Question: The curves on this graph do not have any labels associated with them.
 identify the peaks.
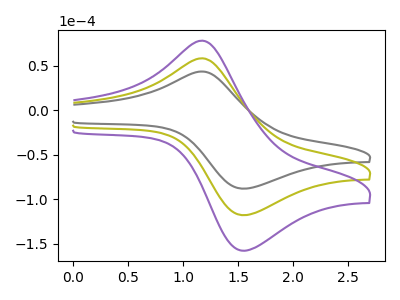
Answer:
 <answer>The gray curve "gray" has an anodic peak at (1.20V, 43.75uA) and a cathodic peak at (1.55V, -88.15uA). The olive curve "olive" has an anodic peak at (1.20V, 58.60uA) and a cathodic peak at (1.55V, -118.00uA). The purple curve "purple" has an anodic peak at (1.20V, 117.20uA) and a cathodic peak at (1.55V, -236.00uA).</answer>
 <eval></eval>